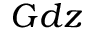
G d z